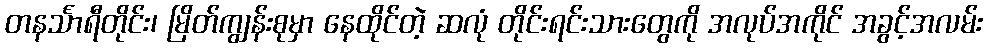
တနင်္သာရီတိုင်း၊ မြိတ်ကျွန်းစုမှာ နေထိုင်တဲ့ ဆလုံ တိုင်းရင်းသားတွေကို အလုပ်အကိုင် အခွင့်အလမ်း